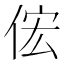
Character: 𫢦